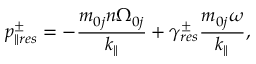
p _ { \parallel r e s } ^ { \pm } = - \frac { m _ { 0 j } n \Omega _ { 0 j } } { k _ { \parallel } } + \gamma _ { r e s } ^ { \pm } \frac { m _ { 0 j } \omega } { k _ { \parallel } } ,